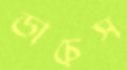
ডাচেস